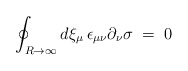
\begin{align*} \oint_{R \to \infty} d\xi_\mu \, \epsilon_{\mu\nu} \partial_\nu \sigma \;=\; 0\end{align*}